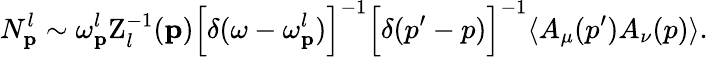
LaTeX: N_{{\mathbf p}}^{l}\sim\omega_{{\mathbf p}}^{l}\mathrm{Z}_{l}^{-1}({\mathbf p})\Bigl[\delta(\omega-\omega_{{\mathbf p}}^{l})\Bigr]^{-1}\Bigl[\delta(p^{\prime}-p)\Bigr]^{-1}\langle A_{\mu}(p^{\prime})A_{\nu}(p)\rangle.